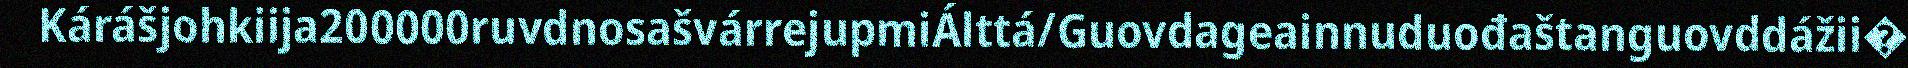
Kárášjohkiija200000ruvdnosašvárrejupmiÁlttá/Guovdageainnuduođaštanguovddážii�